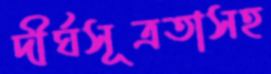
দীর্ঘসূত্রতাসহ